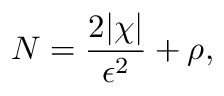
N = \frac { 2 \lvert \chi \rvert } { \epsilon ^ { 2 } } + \rho ,